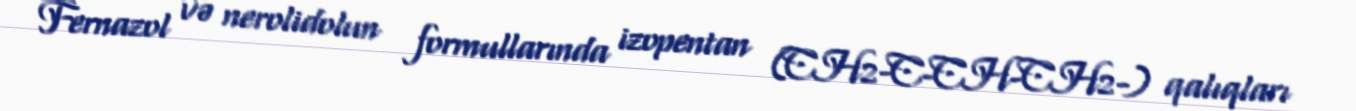
Fernazol və nerolidolun formullarında izopentan (CH2-C-CH-CH2-) qalıqları